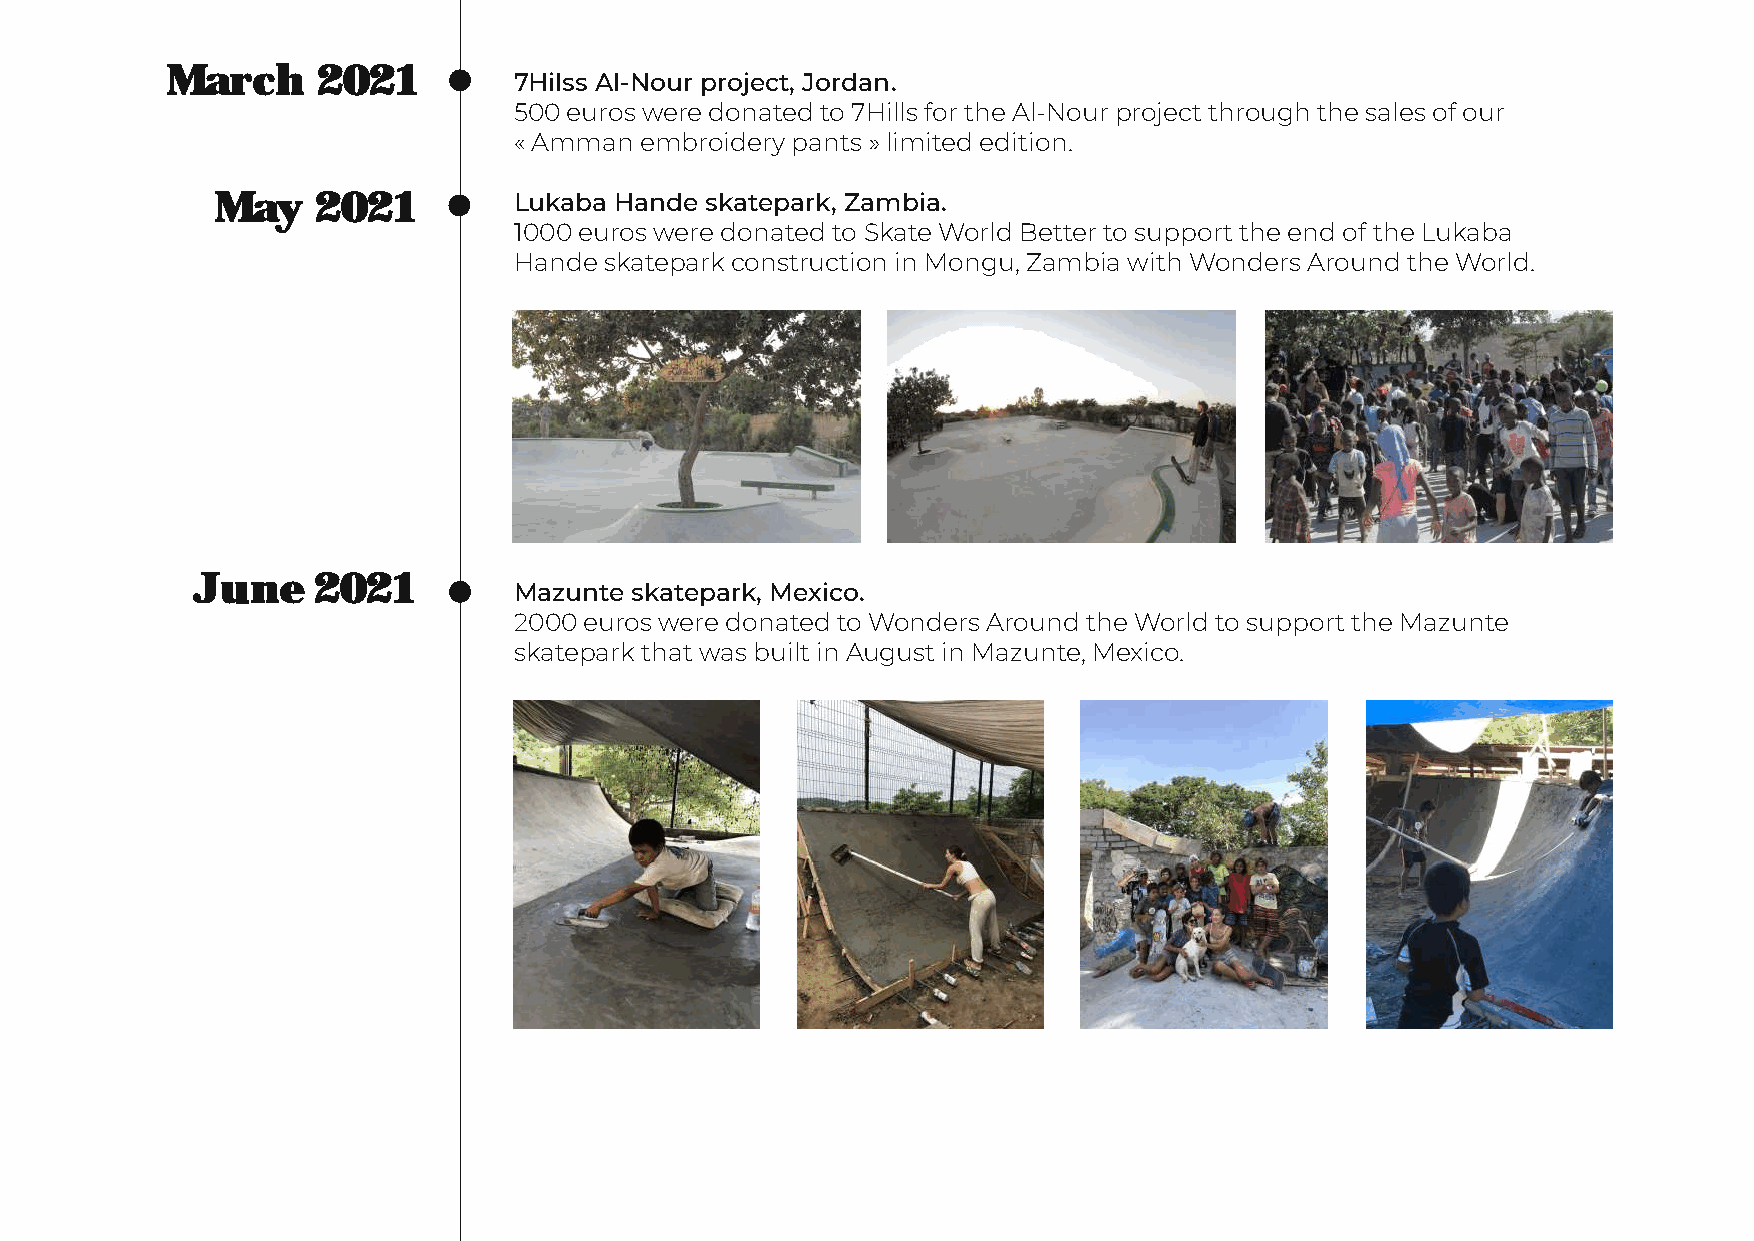
March     2021
 7Hilss Al-Nour project, Jordan.
 500 euros were donated to 7Hills for the Al-Nour project through the sales of our
 « Amman embroidery pants » limited edition.
 May    2021         Lukaba Hande skatepark, Zambia.
 1000 euros were donated to Skate World Better to support the end of the Lukaba
 Hande skatepark construction in Mongu, Zambia with Wonders Around the World.
 June    2021
 Mazunte skatepark, Mexico.
 2000 euros were donated to Wonders Around the World to support the Mazunte
 skatepark that was built in August in Mazunte, Mexico.